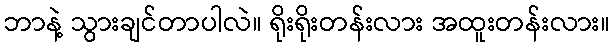
ဘာနဲ့ သွားချင်တာပါလဲ။ ရိုးရိုးတန်းလား အထူးတန်းလား။